Report on horse surra - Volume II, Part I
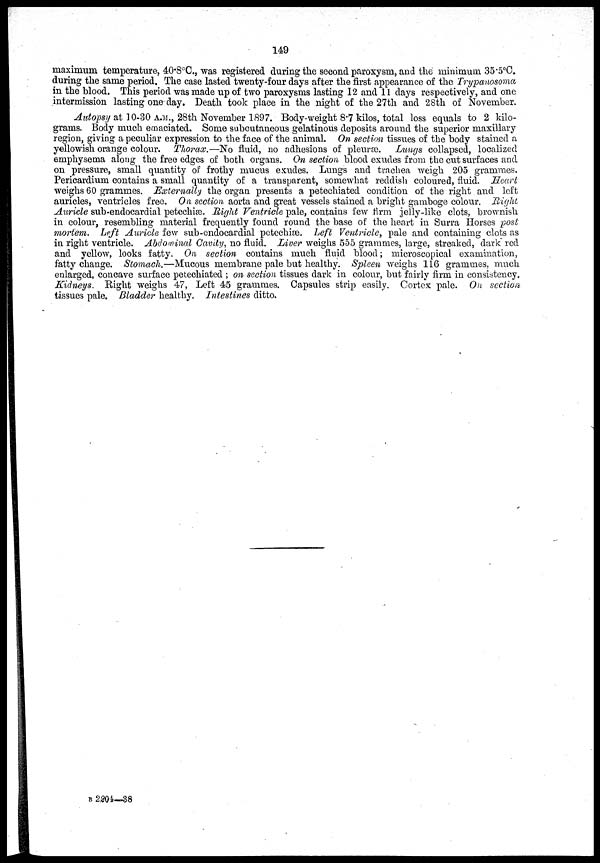
149
maximum temperature, 40.8°C., was registered during the second paroxysm, and the minimum 35.5°C.
during the same period. The case lasted twenty-four days after the first appearance of the Trypanosoma
in the blood. This period was made up of two paroxysms lasting 12 and 11 days respectively, and one
intermission lasting one day. Death took place in the night of the 27th and 28th of November.
Autopsy at 10-30 A.M., 28th November 1897. Body-weight 8.7 kilos, total loss equals to 2 kilo-
grams. Body much emaciated. Some subcutaneous gelatinous deposits around the superior maxillary
region, giving a peculiar expression to the face of the animal. On section tissues of the body stained a
yellowish orange colour. Thorax.—No fluid, no adhesions of pleuræ. Lungs collapsed, localized
emphysema along the free edges of both organs. On section blood exudes from the cut surfaces and
on pressure, small quantity of frothy mucus exudes. Lungs and trachea weigh 205 grammes.
Pericardium contains a small quantity of a transparent, somewhat reddish coloured, fluid. Heart
weighs 60 grammes. Externally the organ presents a petechiated condition of the right and left
auricles, ventricles free. On section aorta and great vessels stained a bright gamboge colour. Right
Auricle sub-endocardial petechiæ. Right Ventricle pale, contains few firm jelly-like clots, brownish
in colour, resembling material frequently found round the base of the heart in Surra Horses post
mortem. Left Auricle few sub-endocardial petechiæ. Left Ventricle, pale and containing clots as
in right ventricle. Abdominal Cavity, no fluid. Liver weighs 555 grammes, large, streaked, dark red
and yellow, looks fatty. On section contains much fluid blood; microscopical examination,
fatty change. Stomach.—Mucous membrane pale but healthy. Spleen weighs 116 grammes, much
enlarged, concave surface petechiated ; on section tissues dark in colour, but fairly firm in consistency.
Kidneys. Right weighs 47, Left 45 grammes. Capsules strip easily. Cortex pale. On section
tissues pale. Bladder healthy. Intestines ditto.
B 2204—38